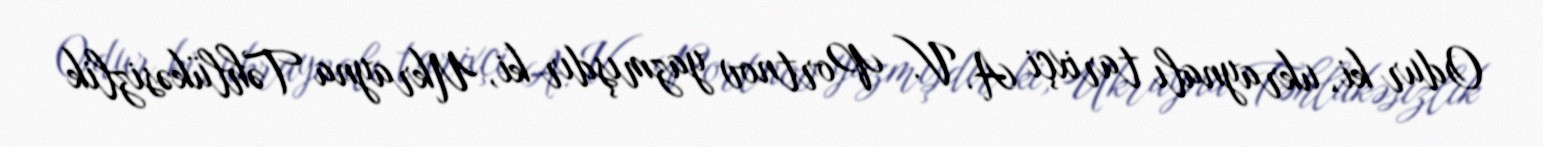
Odur ki, ukraynalı tarixçi A. V. Portnov yazmışdır ki, Ukrayna Təhlükəsizlik